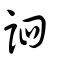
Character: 訵